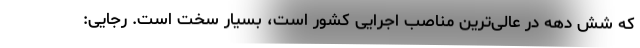
که شش دهه در عالی‌ترین مناصب اجرایی کشور است، بسیار سخت است. رجایی: